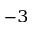
^ { - 3 }